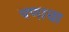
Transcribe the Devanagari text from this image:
पणाचा